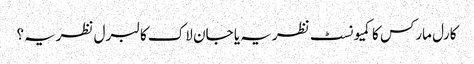
کارل مارکس کا کمیونسٹ نظریہ یا جان لاک کا لبرل نظریہ؟